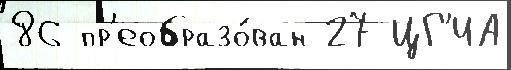
86 пр'еобразо́ван 27 ЦГ'ИА